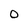
Character: O